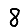
Digit: 8